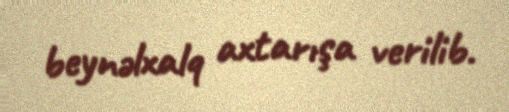
beynəlxalq axtarışa verilib.